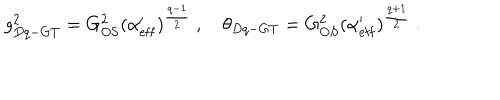
g _ { D q - G T } ^ { 2 } = G _ { \mathrm { O S } } ^ { 2 } ( \alpha _ { \mathrm { e f f } } ^ { \prime } ) ^ { \frac { q - 1 } { 2 } } \ , \quad \theta _ { D q - G T } = G _ { O S } ^ { 2 } ( \alpha _ { \mathrm { e f f } } ^ { \prime } ) ^ { \frac { q + 1 } { 2 } } \ .